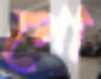
পো